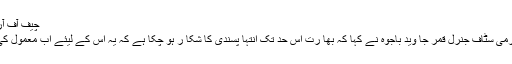
چیف آف آرمی سٹاف
چیف آف آرمی سٹاف جنرل قمر جا وید باجوہ نے کہا کہ بھا رت اس حد تک انتہا پسندی کا شکا ر ہو چکا ہے کہ یہ اس کے لیئے اب معمول کی بات ہے۔